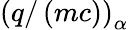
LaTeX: \left(q/\left(mc\right)\right)_{\alpha}